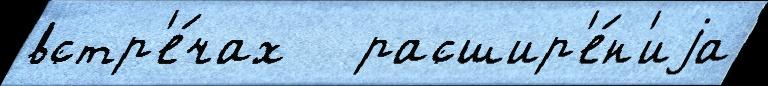
встр'е́чах   расшир'е́н'иjа